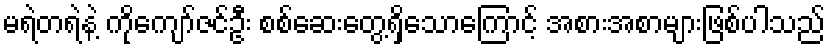
မရဲတရဲနဲ့ ကိုကျော်ဇင်ဦး စစ်ဆေးတွေ့ရှိသောကြောင့် အစားအစာများဖြစ်ပါသည်